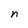
Character: n